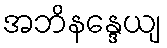
အဘိနန္ဒေယျ